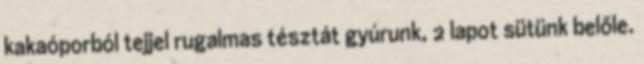
kakaóporból tejjel rugalmas tésztát gyúrunk, 2 lapot sütünk belőle.